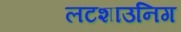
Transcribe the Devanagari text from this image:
लटशाउनिग